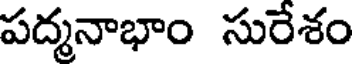
పద్మనాభాం సురేశం